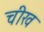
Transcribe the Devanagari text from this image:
चीख